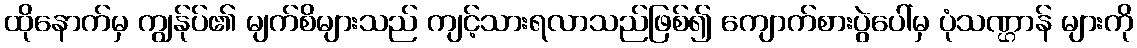
ထိုနောက်မှ ကျွန်ုပ်၏ မျက်စိများသည် ကျင့်သားရလာသည်ဖြစ်၍ ကျောက်စားပွဲပေါ်မှ ပုံသဏ္ဌာန် များကို